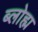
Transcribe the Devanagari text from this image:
ब्लोह्म